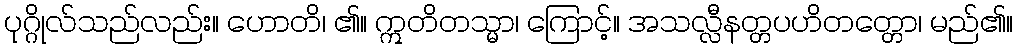
ပုဂ္ဂိုလ်သည်လည်း။ ဟောတိ၊ ၏။ ဣတိတသ္မာ၊ ကြောင့်။ အသလ္လီနတ္တပဟိတတ္တော၊ မည်၏။